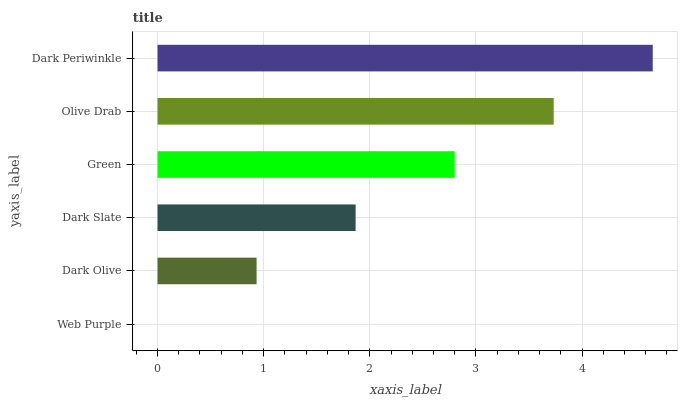
| yaxis_label | bars |
 | --- | --- |
 | Web Purple | 0 |
 | Dark Olive | 0.933 |
 | Dark Slate | 1.87 |
 | Green | 2.8 |
 | Olive Drab | 3.73 |
 | Dark Periwinkle | 4.67 |